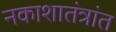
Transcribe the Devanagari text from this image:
नकाशातंत्रांत